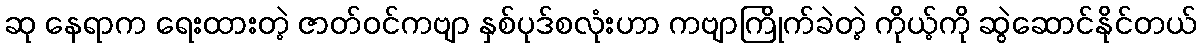
ဆု နေရာက ရေးထားတဲ့ ဇာတ်ဝင်ကဗျာ နှစ်ပုဒ်စလုံးဟာ ကဗျာကြိုက်ခဲတဲ့ ကိုယ့်ကို ဆွဲဆောင်နိုင်တယ်